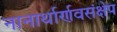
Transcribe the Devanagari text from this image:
नानार्थार्णवसंक्षेप